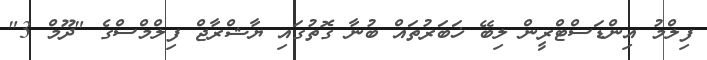
ފިލްމު އިންޑަސްޓްރީން ލިބޭ ޚަބަރުތައް ބުނާ ގޮތުގައި ޔާޝްރާޖް ފިލްމްސްގެ "ދޫމް 3"